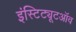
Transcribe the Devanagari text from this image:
इंस्टिट्यूटऑव